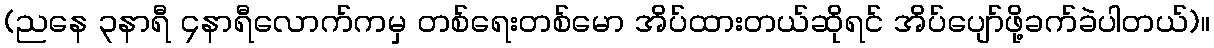
(ညနေ ၃နာရီ ၄နာရီလောက်ကမှ တစ်ရေးတစ်မော အိပ်ထားတယ်ဆိုရင် အိပ်ပျော်ဖို့ခက်ခဲပါတယ်)။